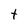
Character: t